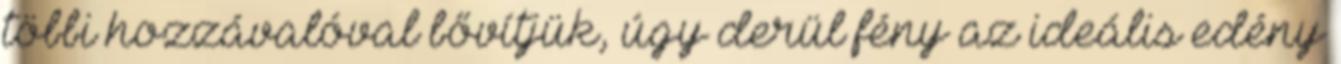
többi hozzávalóval bővítjük, úgy derül fény az ideális edény